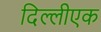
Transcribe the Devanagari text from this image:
दिल्लीएक